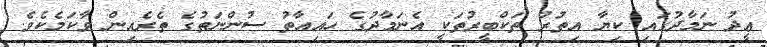
ޢީދު ނަމާދުގައި ކިޔާ އިތުރު ތަކްބީރުތަކީ އެނަމާދުގެ ހައިއާތު ސުންނަތުގެ ތެރެއިން ވާކަމެކެވެ.